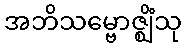
အဘိသမ္ဗောဇ္ဈိံသု